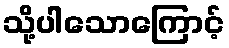
သို့ပါသောကြောင့်